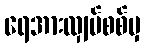
ရေအားလျှပ်စစ်မှ